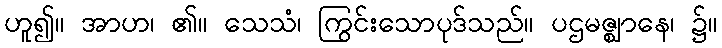
ဟူ၍။ အာဟ၊ ၏။ သေသံ၊ ကြွင်းသောပုဒ်သည်။ ပဌမဇ္ဈာနေ၊ ၌။